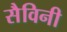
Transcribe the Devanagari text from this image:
सैविनी